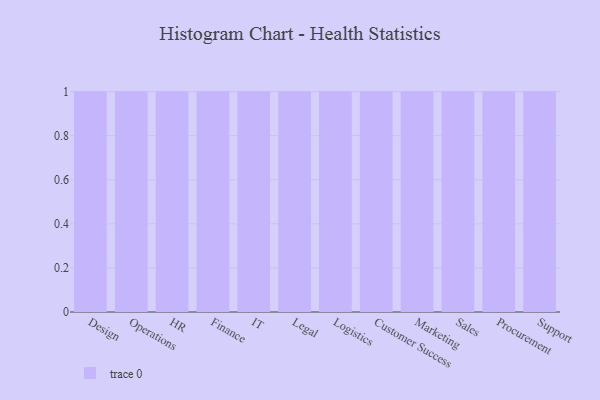
{"axis": {"x": "Department", "y": "Inventory Turnover"}, "legend": [""], "data": [{"x": "Design", "y": 13, "type": ""}, {"x": "Operations", "y": 43, "type": ""}, {"x": "HR", "y": 34, "type": ""}, {"x": "Finance", "y": 13, "type": ""}, {"x": "IT", "y": 49, "type": ""}, {"x": "Legal", "y": 44, "type": ""}, {"x": "Logistics", "y": 92, "type": ""}, {"x": "Customer Success", "y": 58, "type": ""}, {"x": "Marketing", "y": 45, "type": ""}, {"x": "Sales", "y": 67, "type": ""}, {"x": "Procurement", "y": 90, "type": ""}, {"x": "Support", "y": 16, "type": ""}]}